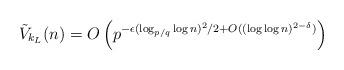
LaTeX: \begin{align*}\tilde V_{k_L}(n) = O\left( p^{ -\epsilon(\log_{p/q} \log n)^2/2 + O((\log\log n)^{2-\delta}) } \right)\end{align*}